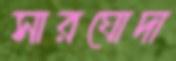
সারঘোদা